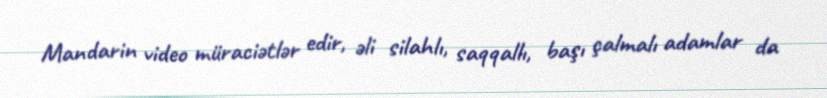
Mandarin video müraciətlər edir, əli silahlı, saqqallı, başı çalmalı adamlar da